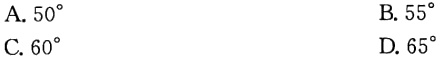
A. \(50^{\circ}\)
B. \(55^{\circ}\)
C. \(60^{\circ}\)
D. \(65^{\circ}\)